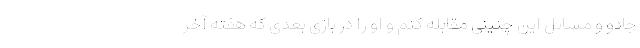
جادو و مسائل این چنینی مقابله کنم و او را در بازی بعدی که هفته آخر